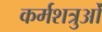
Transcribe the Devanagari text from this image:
कर्मशत्रुओं